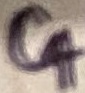
Text: C4